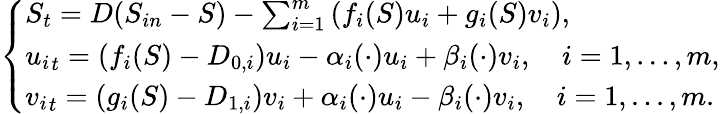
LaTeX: \left\{ \begin{array}{l}{S_{t}=D(S_{in}-S)-\sum_{i=1}^{m}\left(f_{i}(S)u_{i}+g_{i}(S)v_{i}\right),}\\ {{u_{i}}_{t}=(f_{i}(S)-D_{0,i})u_{i}-\alpha_{i}(\cdot)u_{i}+\beta_{i}(\cdot)v_{i},\quad i=1,...,m,}\\ {{v_{i}}_{t}=(g_{i}(S)-D_{1,i})v_{i}+\alpha_{i}(\cdot)u_{i}-\beta_{i}(\cdot)v_{i},\quad i=1,...,m.}\end{array}\right.